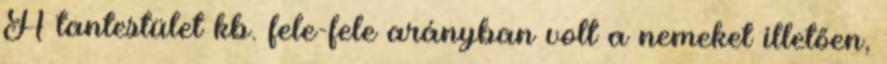
A tantestület kb. fele-fele arányban volt a nemeket illetően,